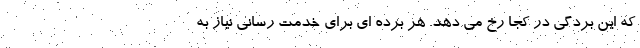
که این بردگی در کجا رخ می دهد. هر برده ای برای خدمت رسانی نیاز به